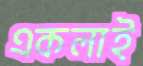
একলাই